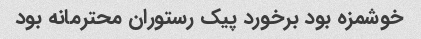
خوشمزه بود برخورد پیک رستوران محترمانه بود